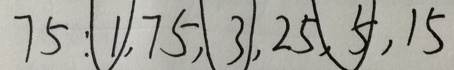
7 5 : \textcircled { 1 } , 7 5 , \textcircled { 3 } , 2 5 , \textcircled { 5 } , 1 5